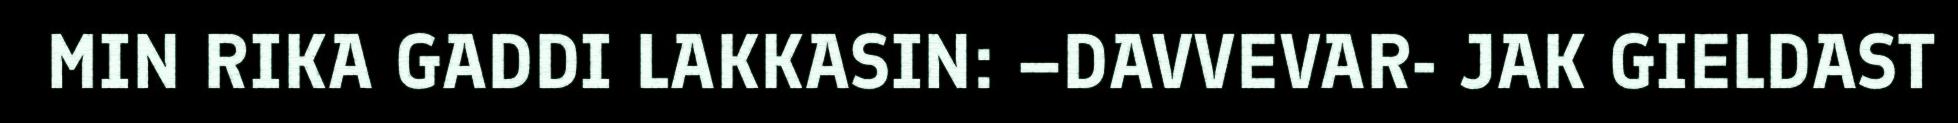
MIN RIKA GADDI LAKKASIN: –DAVVEVAR- JAK GIELDAST